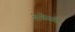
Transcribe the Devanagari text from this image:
लेखेसही